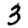
Digit: 3